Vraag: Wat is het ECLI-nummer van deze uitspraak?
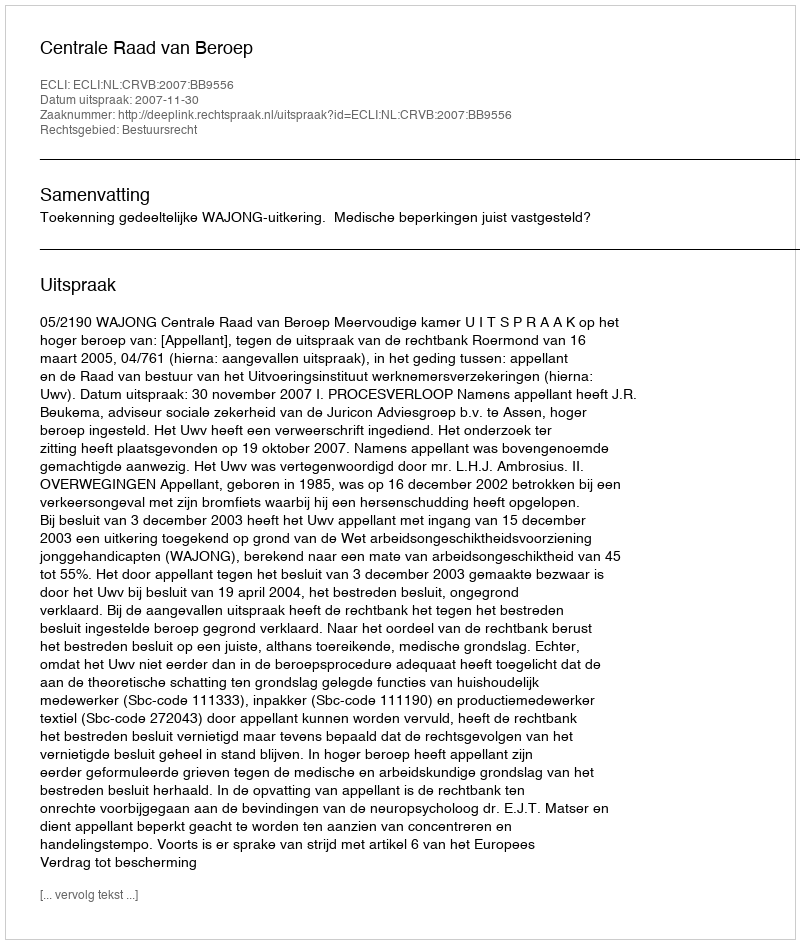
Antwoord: ECLI:NL:CRVB:2007:BB9556